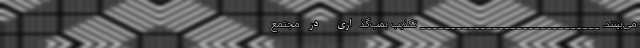
می‌بینند. ______________________________ تکذیب ‌بمب‌گذاری در مجتمع